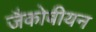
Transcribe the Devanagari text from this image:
जैकोबीयन